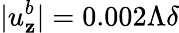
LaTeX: |u_{\mathbf{z}}^{b}|=0.002\Lambda\delta